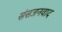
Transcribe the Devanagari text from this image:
संसजनवाद